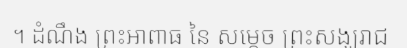
។ ដំណឹង ព្រះអាពាធ នៃ សម្តេច ព្រះសង្ឃរាជ